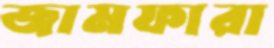
জামফারা